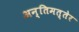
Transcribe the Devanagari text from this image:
अन्तिमत्तेर